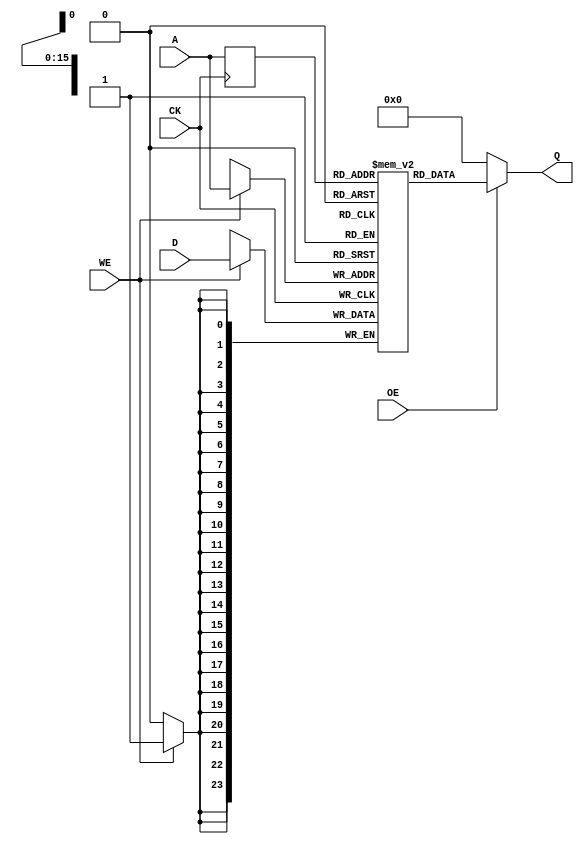
//*************************************************
//** 2021 spring iVCAD
//** Description: Random-access memory
//** Mar. 2018 Henry authored
//** Mar. 2019 Kevin revised
//** Mar. 2020 Claire revised
//** Mar. 2021 Michael revised
//*************************************************

`timescale 1ns/10ps

module RAM (CK, A, WE, OE, D, Q);

/*Please rewrite this example code according to the assignment*/

  input         CK;
  input  [15:0]  A;
  input         WE;
  input         OE;
  input  [23:0] D;
  output [23:0] Q;

  reg    [23:0] Q;
  reg    [15:0] latched_A;
  reg    [23:0] memory [65535:0];

  always @(posedge CK) begin
    if (WE) begin
      memory[A] <= D;
    end
    latched_A <= A;
  end

  always @(*) begin
    if (OE) begin
      Q = memory[latched_A];
    end
    else begin
      Q = 24'h0; 
    end
  end

endmodule